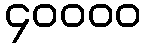
၄၀၀၀၀